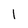
Character: 1